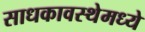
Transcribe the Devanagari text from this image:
साधकावस्थेमध्ये